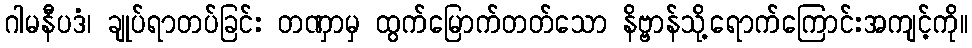
ဂါမနီပဒံ၊ ချုပ်ရာတပ်ခြင်း တဏှာမှ ထွက်မြောက်တတ်သော နိဗ္ဗာန်သို့ရောက်ကြောင်းအကျင့်ကို။